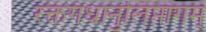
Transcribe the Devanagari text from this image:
रक्तगंधानुलिप्तांगम्